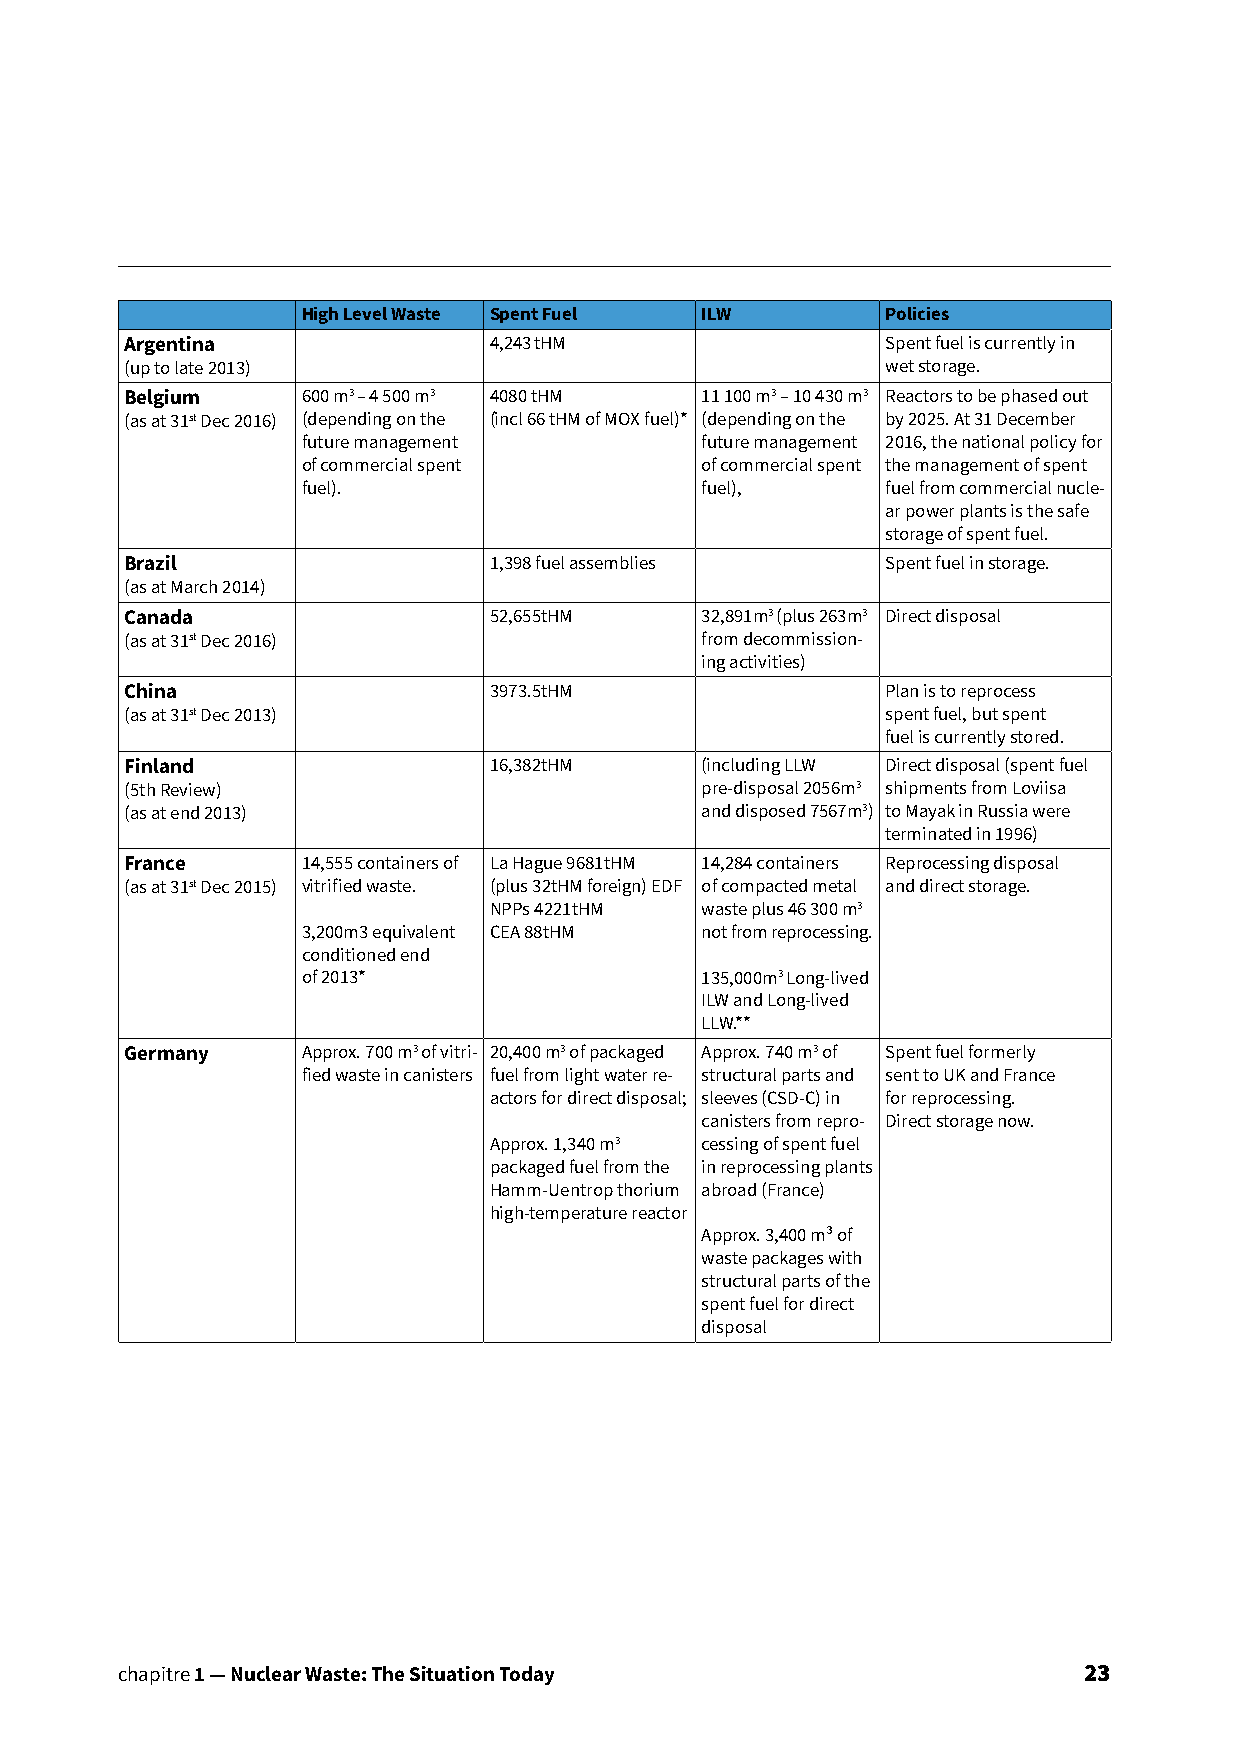
High Level Waste Spent Fuel ILW        Policies
 Argentina               4,243 tHM                  Spent fuel is currently in
 (up to late 2013)                                  wet storage.
 Belgium     600 m3 – 4 500 m3 4080 tHM 11 100 m3 – 10 430 m3 Reactors to be phased out
 (as at 31st Dec 2016) (depending on the (incl 66 tHM of MOX fuel)* (depending on the by 2025. At 31 December
 future management         future management 2016, the national policy for
 of commercial spent       of commercial spent the management of spent
 fuel).                    fuel),       fuel from commercial nucle-
 ar power plants is the safe
 storage of spent fuel.
 Brazil                  1,398 fuel assemblies      Spent fuel in storage.
 (as at March 2014)
 Canada                  52,655tHM     32,891m3 (plus 263m3 Direct disposal
 (as at 31st Dec 2016)                 from decommission-
 ing activities)
 China                   3973.5tHM                  Plan is to reprocess
 (as at 31st Dec 2013)                              spent fuel, but spent
 fuel is currently stored.
 Finland                 16,382tHM     (including LLW Direct disposal (spent fuel
 (5th Review)                          pre-disposal 2056m3 shipments from Loviisa
 (as at end 2013)                      and disposed 7567m3) to Mayak in Russia were
 terminated in 1996)
 France      14,555 containers of La Hague 9681tHM 14,284 containers Reprocessing disposal
 (as at 31st Dec 2015) vitrified waste. (plus 32tHM foreign) EDF of compacted metal and direct storage.
 NPPs 4221tHM  waste plus 46 300 m3
 3,200m3 equivalent CEA 88tHM not from reprocessing.
 conditioned end
 of 2013*                  135,000m3 Long-lived
 ILW and Long-lived
 LLW.**
 Germany     Approx. 700 m3 of vitri- 20,400 m3 of packaged Approx. 740 m3 of Spent fuel formerly
 fied waste in canisters fuel from light water re- structural parts and sent to UK and France
 actors for direct disposal; sleeves (CSD-C) in for reprocessing.
 canisters from repro- Direct storage now.
 Approx. 1,340 m3 cessing of spent fuel
 packaged fuel from the in reprocessing plants
 Hamm-Uentrop thorium abroad (France)
 high-temperature reactor
 Approx. 3,400 m³ of
 waste packages with
 structural parts of the
 spent fuel for direct
 disposal
 chapitre 1 — Nuclear Waste: The Situation Today                 23